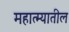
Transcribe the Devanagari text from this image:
महात्म्यातील